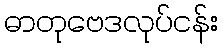
ဓာတုဗေဒလုပ်ငန်း